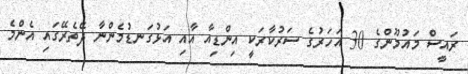
ރައީސް މައުމޫންގެ 30 އަހަރުގެ ސަރުކާރަކީ އިންޑިއާ އާއި އަޅުގަނޑުމެންނާ ދޭތެރޭގައި އެންމެ